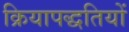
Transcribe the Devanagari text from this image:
क्रियापद्धतियों